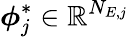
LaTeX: \boldsymbol{\phi}_{j}^{\ast}\in\mathbb{R}^{N_{E,j}}